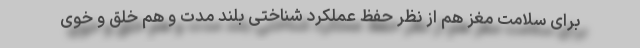
برای سلامت مغز هم از نظر حفظ عملکرد شناختی بلند مدت و هم خلق و خوی